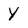
Character: Y